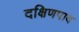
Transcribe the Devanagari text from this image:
दक्षिणपाद